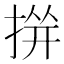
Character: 𱠐